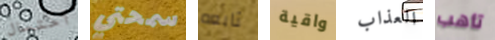
أحتمال سمحتي تابعه واقية العذاب تأهب